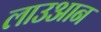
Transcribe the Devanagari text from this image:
लाउआन